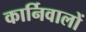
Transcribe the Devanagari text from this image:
कार्निवालों